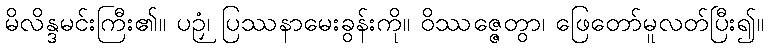
မိလိန္ဒမင်းကြီး၏။ ပဉှံ၊ ပြဿနာမေးခွန်းကို။ ဝိဿဇ္ဇေတွာ၊ ဖြေတော်မူလတ်ပြီး၍။